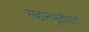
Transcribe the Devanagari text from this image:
सहानभूतीपोटी